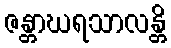
ဇန္တာဃရသာလန္တိ